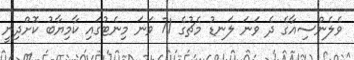
ވެލެންސިއާގެ ދެ ވަނަ ލަނޑު މެޗުގެ 71 ވަނަ މިނެޓުގައި ކާމިޔާބު ކޮށްދިނީ